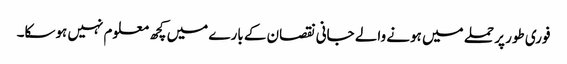
فوری طور پر حملے میں ہونے والے جانی نقصان کے بارے میں کچھ معلوم نہیں ہوسکا۔